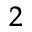
_ 2